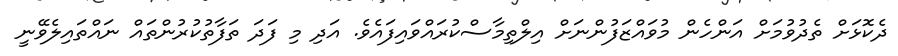
ދެކޮޅަށް ތެދުވުމަށް އަންހެން މުވައްޒަފުންނަށް އިލްތިމާސްކުރައްވައިފައެވެ. އަދި މި ފަދަ ތަފާތުކުރުންތައް ނައްތައިލެވޭނީ